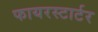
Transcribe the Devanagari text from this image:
फायरस्टार्टर